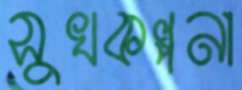
সুখকল্পনা